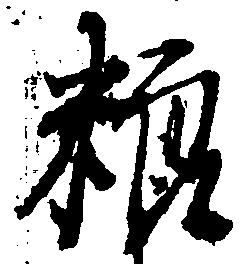
粮